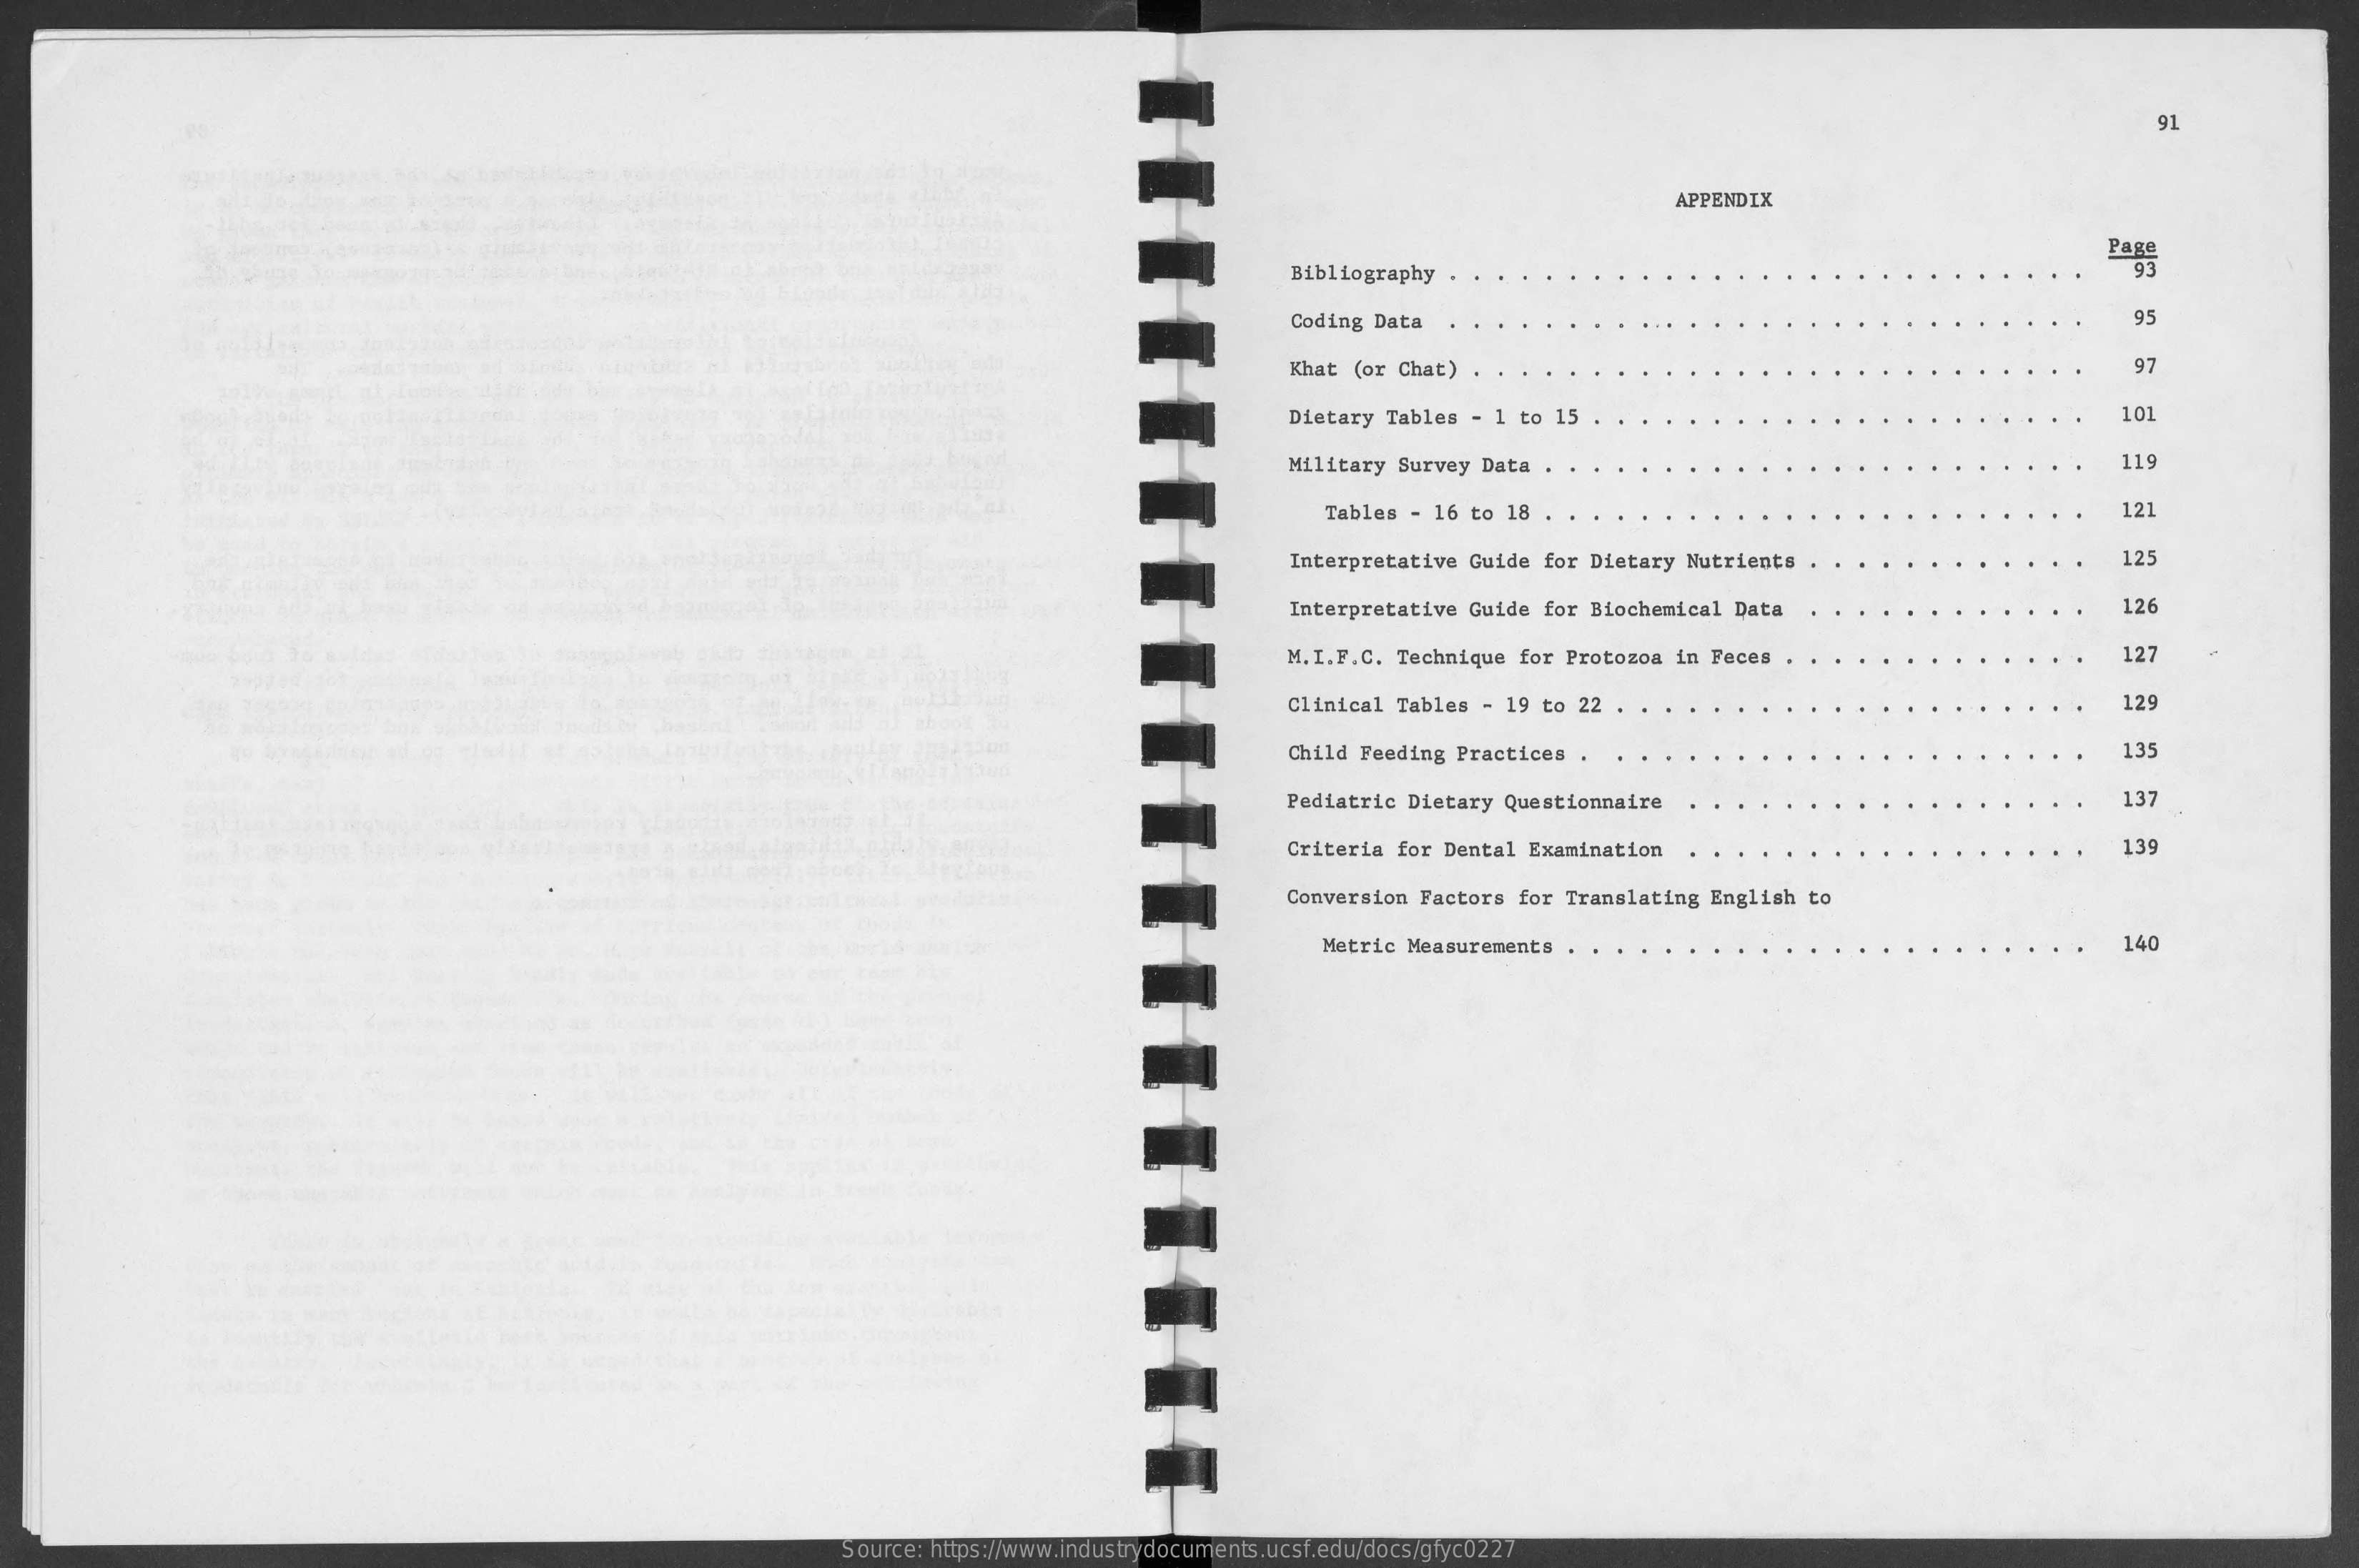
HHH
     91
     APPENDIX
     Bibliography
     Page
     Coding Data    95
     Khat  (or Chat)    97
     Dietary Tables  - 1 to 15    101
     Military Survey  Data    11
     Tables  - 16 to 18    121
     Interpretative  Guide for Dietary  Nutrients  .    125
     Interpretative  Guide for Biochemical  Data    126
     M.I.F.C. Technique  for Protozoa  in Feces    127
     Clinical Tables  - 19 to 22  . .    129
     Child Feeding Practices  .    135
     Pediatric Dietary  Questionnaire    137
     Criteria for Dental  Examination    139
     Conversion Factors  for Translating  English to
     Metric Measurements    140
     Source: https://www.industrydocuments.ucsf.edu/docs/gfyc0227